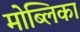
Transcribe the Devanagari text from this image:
मोब्लिका